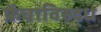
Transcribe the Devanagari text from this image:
फ्रेंचाविरुद्ध